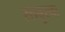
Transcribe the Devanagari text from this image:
रतबुरना